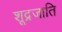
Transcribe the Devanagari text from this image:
शूद्रजाति